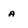
Character: a